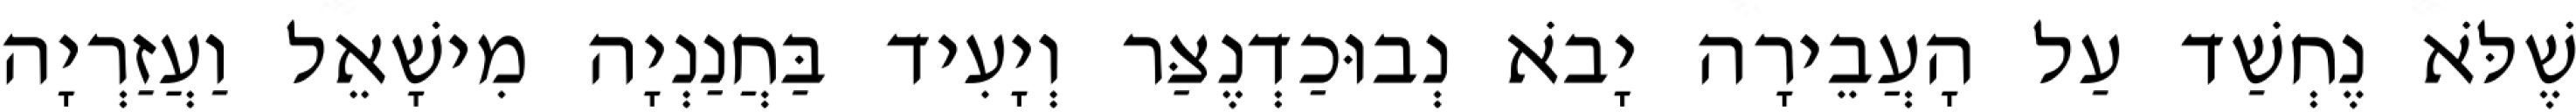
שֶׁלֹּא נֶחְשַׁד עַל הָעֲבֵירָה יָבֹא נְבוּכַדְנֶצַּר וְיָעִיד בַּחֲנַנְיָה מִישָׁאֵל וַעֲזַרְיָה